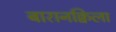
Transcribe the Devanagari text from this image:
बारानक्विला